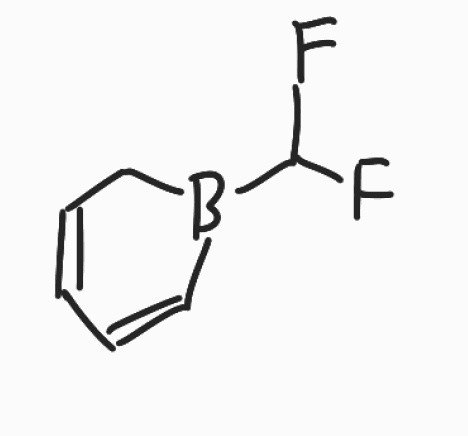
Simplified molecular-input line-entry system (SMILES) notation of the given molecule:
B1(CC=CC=C1)C(F)F